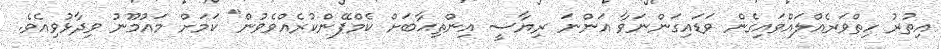
އިތުރު ހިތްވަރެއްލައްވައިގެން ވަޑައިގަންނަވާ އަންނަ ރިޔާސީ އިންތިޙާބަށް ކެމްޕޭންކުރެއްވެވުން" ކަމަށް މައުމޫނު ވިދާޅުވިއެވެ.